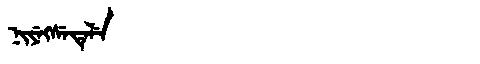
Manchu: ᠨᡳᠶᡝᡴᠰᡝᡨᡝᠯᡝ
Romanization: NIYEKSETELE